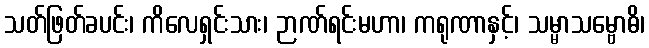
သတ်ဖြတ်ခပင်း၊ ကိလေရှင်းသား၊ ဉာဏ်ရင်းမဟာ၊ ကရုဏာနှင့်၊ သမ္မာသမ္ဗောဓိ၊